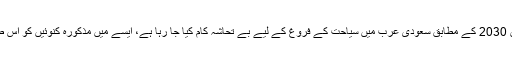
ڈاکٹر سمیر کا کہنا ہے کہ اسلامی تاریخ میں اس کنوئیں کی بڑی اہمیت ہے جبکہ مملکت کے ویژن 2030 کے مطابق سعودی عرب میں سیاحت کے فروغ کے لیے بے تحاشہ کام کیا جا رہا ہے، ایسے میں مذکورہ کنوئیں کو اس طرح لوگوں کی نظروں سے دور کر کے اس کے گرد دیوار تعمیر کرنا کسی طور درست اقدام نہیں۔